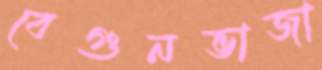
বেগুনভাজা